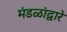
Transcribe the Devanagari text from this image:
मंडळांद्वारे